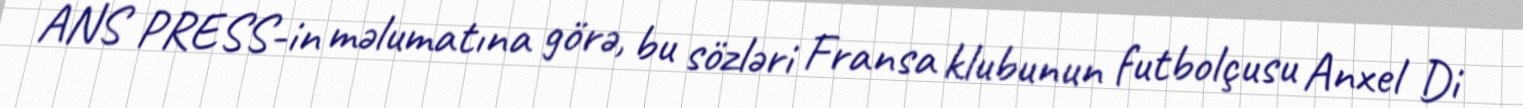
ANS PRESS-in məlumatına görə, bu sözləri Fransa klubunun futbolçusu Anxel Di